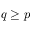
q \geq p